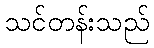
သင်တန်းသည်